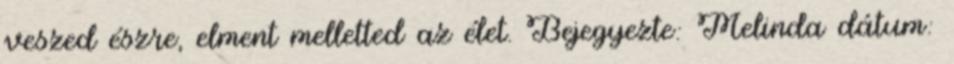
veszed észre, elment melletted az élet. Bejegyezte: Melinda dátum: